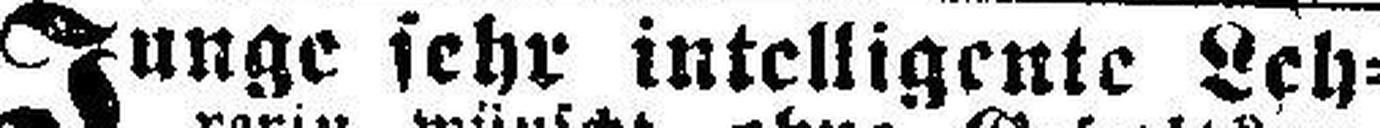
Junge sehr intelligente Leh¬